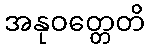
အနုဝတ္တေတိ